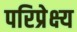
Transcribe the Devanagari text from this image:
परिप्रेक्ष्‍य